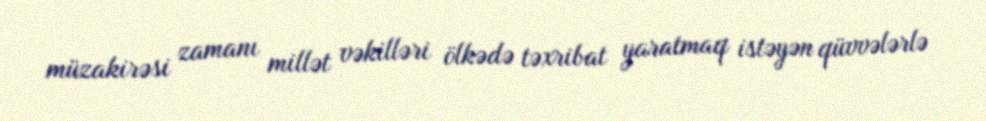
müzakirəsi zamanı millət vəkilləri ölkədə təxribat yaratmaq istəyən qüvvələrlə